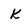
Character: k